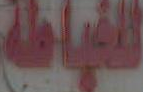
للشياطة